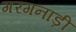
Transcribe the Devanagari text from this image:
गरगनाड़ी